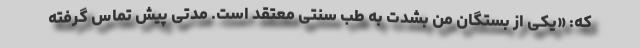
که: «یکی از بستگان من بشدت به طب سنتی معتقد است. مدتی پیش تماس گرفته